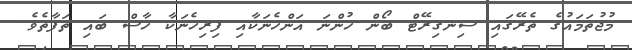
މުޖުތަމައުގެ ތެރޭގައި ސިނގިރޭޓް ބޯން ހުންނަ އަންހެނަކާއި ފިރިހެނަކާ ހާސް ބައި ތަފާތެވެ.